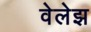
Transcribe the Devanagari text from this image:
वेलेझ